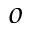
^ o